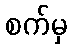
စက်မှ